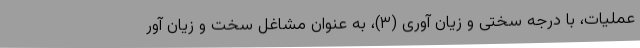
عملیات، با درجه سختی و زیان آوری (۳)، به عنوان مشاغل سخت و زیان آور